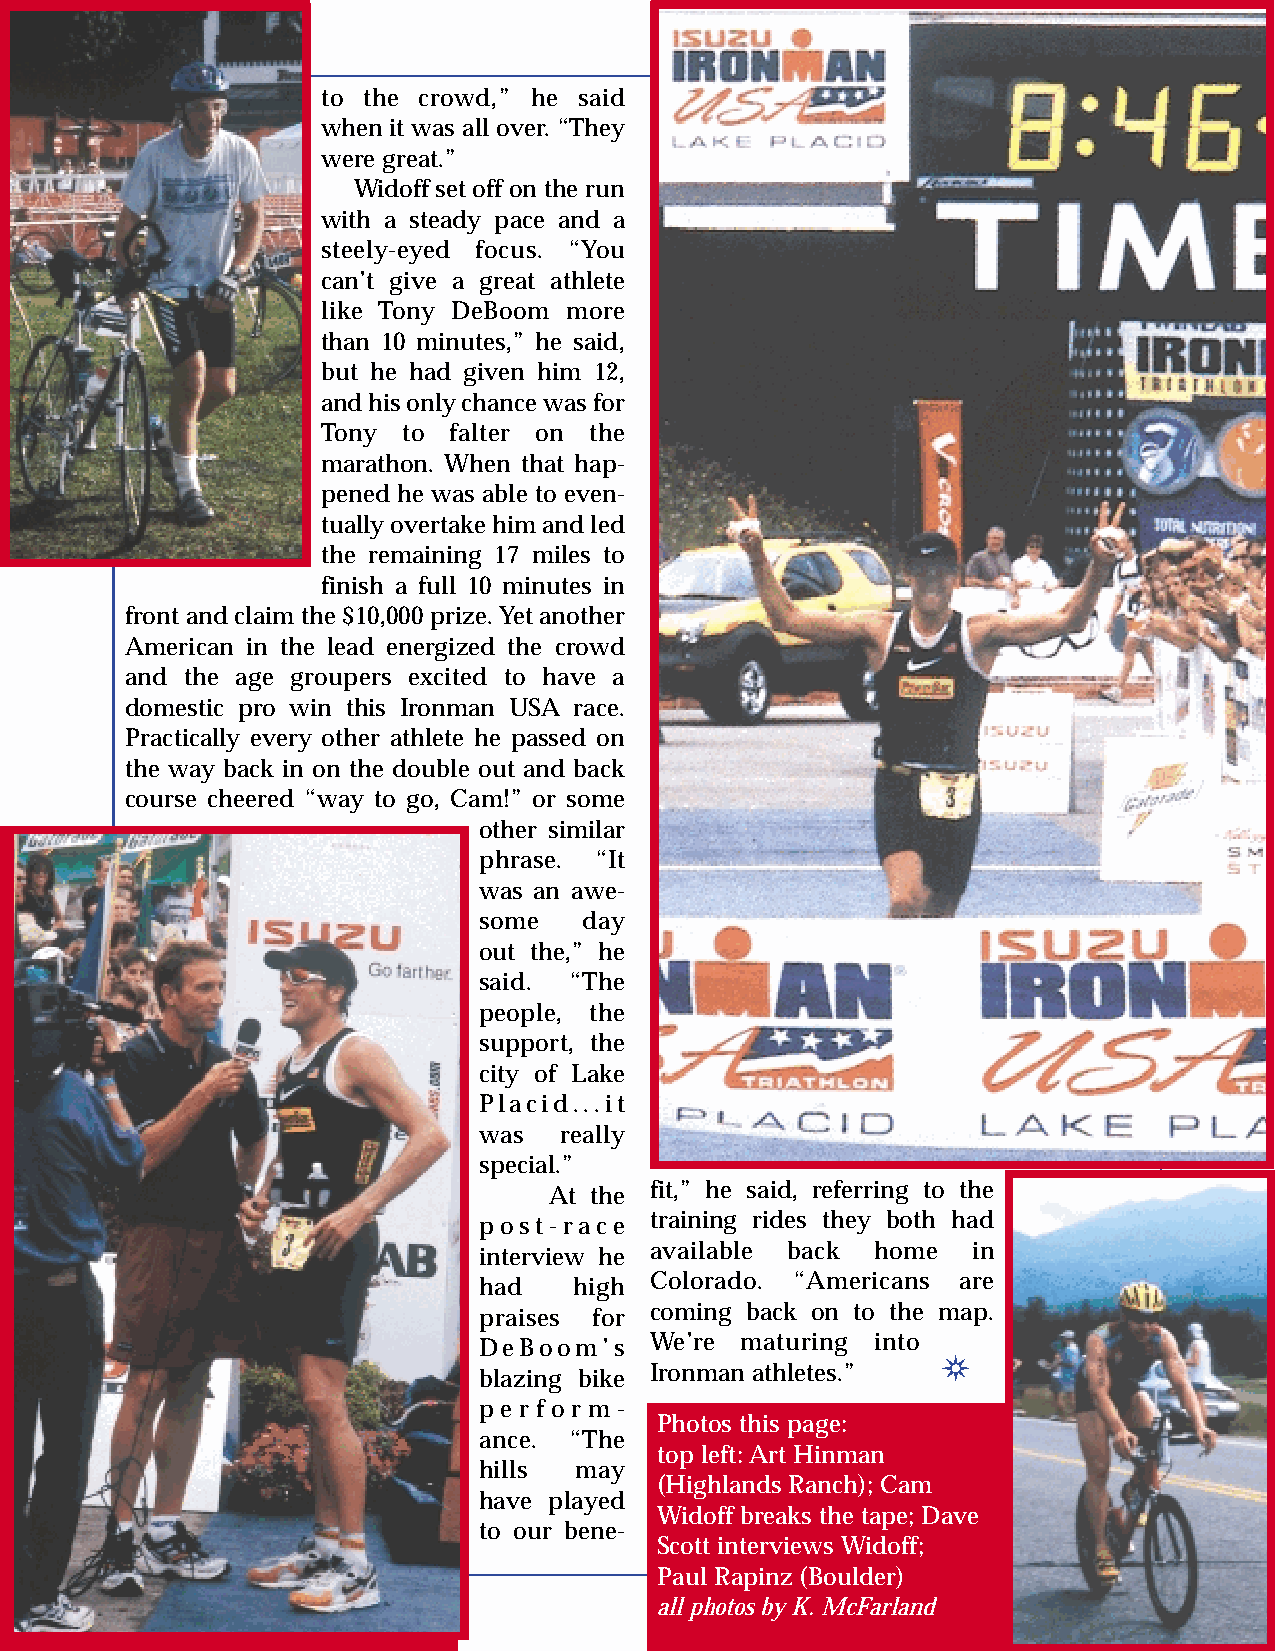
to the crowd,” he said
 when it was all over. “They
 were great.”
 Widoff set off on the run
 with a steady pace and a
 steely-eyed focus. “You
 can’t give a great athlete
 like Tony DeBoom more
 than 10 minutes,” he said,
 but he had given him 12,
 and his only chance was for
 Tony  to falter on the
 marathon. When that hap-
 pened he was able to even-
 tually overtake him and led
 the remaining 17 miles to
 finish a full 10 minutes in
 front and claim the $10,000 prize. Yet another
 American in the lead energized the crowd
 and the age groupers excited to have a
 domestic pro win this Ironman USA race.
 Practically every other athlete he passed on
 the way back in on the double out and back
 course cheered “way to go, Cam!” or some
 other similar
 phrase. “It
 was an awe-
 some   day
 out the,” he
 said. “The
 people, the
 support, the
 city of Lake
 Placid...it
 was  really
 special.”
 At the fit,” he said, referring to the
 post-race  training rides they both had
 interview he available back home in
 had   high Colorado. “Americans are
 praises for coming back on to the map.
 DeBoom’s   We’re maturing into ❂
 blazing bike Ironman athletes.”
 p e r f o r m -
 Photos this page:
 ance. “The
 top left: Art Hinman
 hills may
 (Highlands Ranch); Cam
 have played
 Widoff breaks the tape; Dave
 to our bene-
 Scott interviews Widoff;
 Paul Rapinz (Boulder)
 all photos by K. McFarland